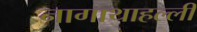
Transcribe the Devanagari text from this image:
नागाथाहल्ली